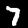
Label: 7